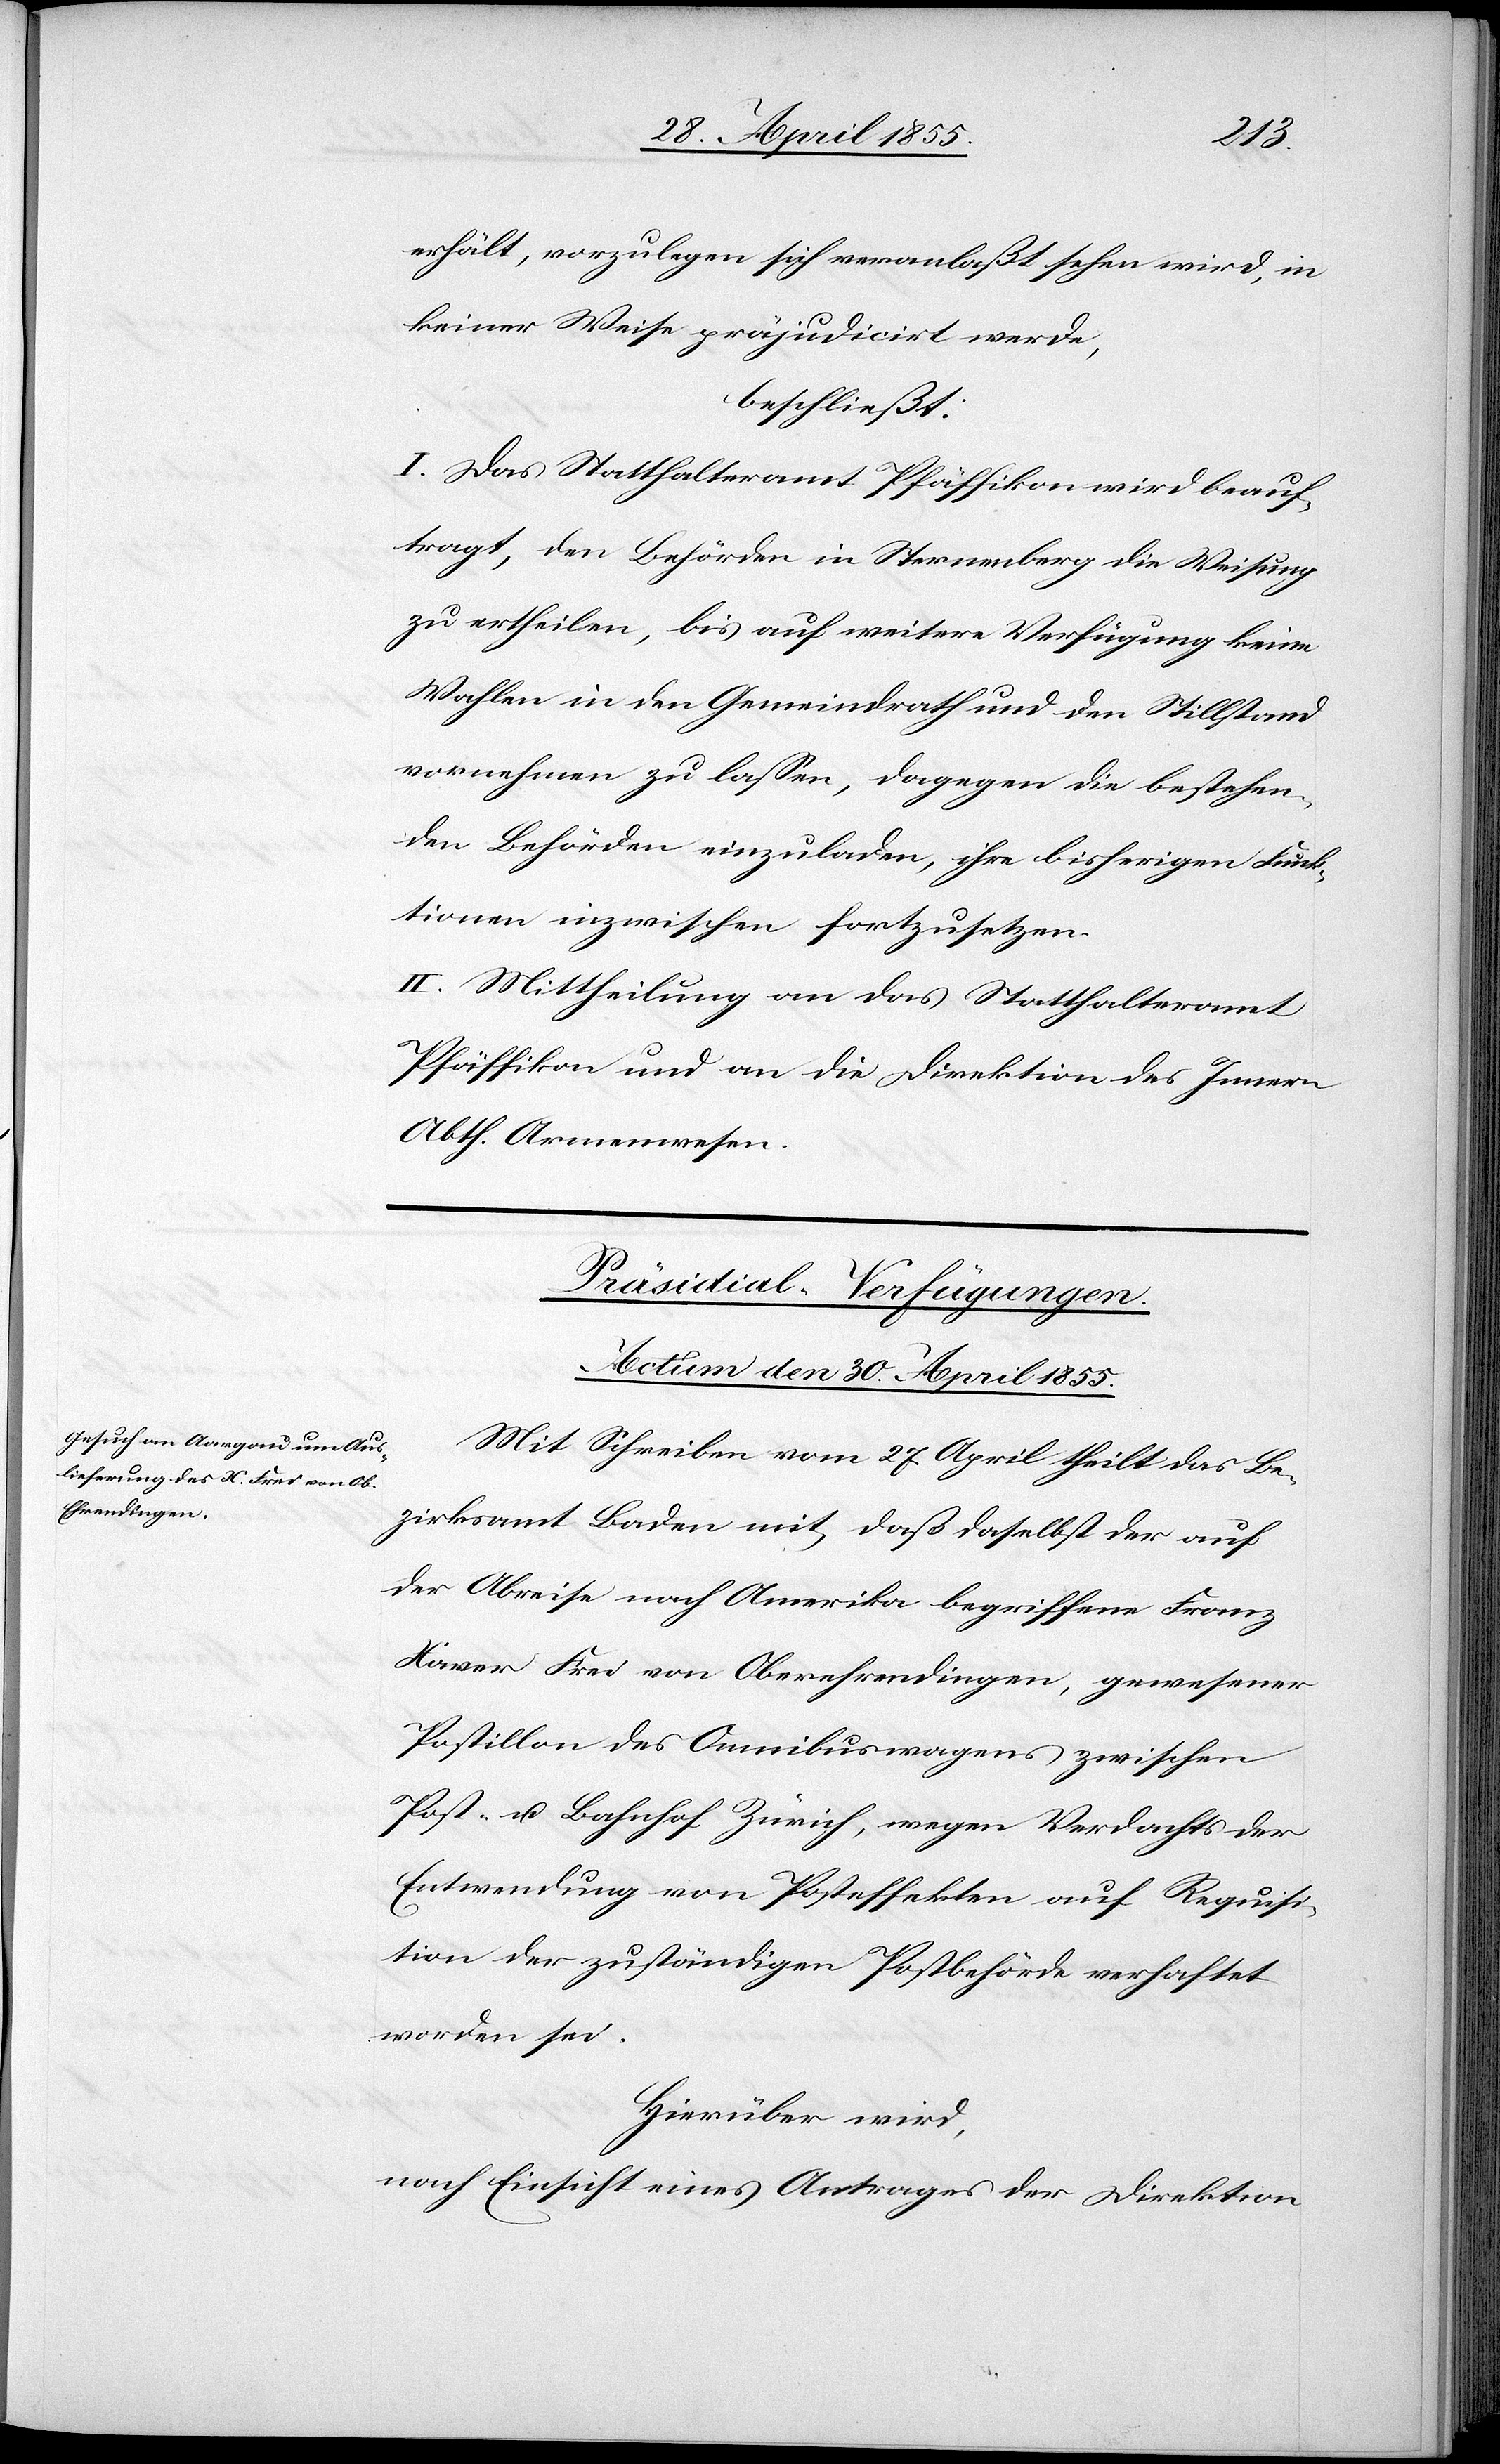
erhält, vorzulegen sich veranlaßt sehen wird, in
keiner Weise präjudicirt werde,
beschließt:
I. Das Statthalteramt Pfäffikon wird beauf¬
tragt, den Behörden in Sternenberg die Weisung
zu ertheilen, bis auf weitere Verfügung keine
Wahlen in den Gemeindrath und den Stillstand
vornehmen zu lassen, dagegen die bestehen¬
den Behörden einzuladen, ihre bisherigen Funk¬
tionen inzwischen fortzusetzen.
II. Mittheilung an das Statthalteramt
Pfäffikon und an die Direktion des Innern
Abth. Armenwesen.
Präsidial-Verfügungen.
Actum den 30. April 1855.
Mit Schreiben vom 27. April theilt das Be¬
zirksamt Baden mit, daß daselbst der auf
der Abreise nach Amerika begriffene Franz
Xaver Frei von Oberehrendingen, gewesener
Postillon des Omnibuswagens zwischen
Post- u. Bahnhof Zürich, wegen Verdachts der
Entwendung von Posteffekten auf Requisi¬
tion der zuständigen Postbehörde verhaftet
worden sei.
Hierüber wird,
nach Einsicht eines Antrages der Direktion